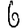
Digit: 6